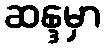
ဆန္ဒမှာ